Plague in India, 1896, 1897 - Volume 1
Year: 1896
Disease focus: Plague
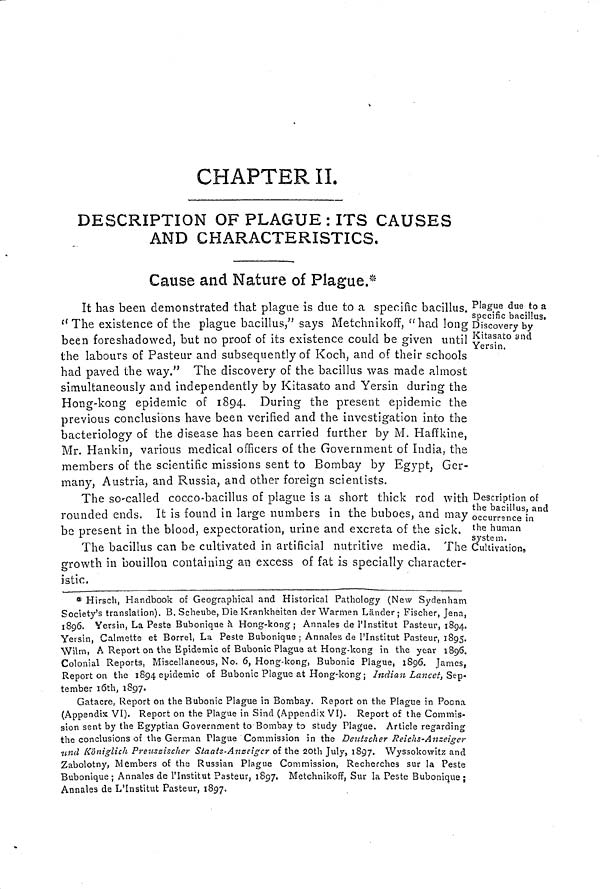
CHAPTER
II.
DESCRIPTION OF PLAGUE : ITS CAUSES
AND CHARACTERISTICS.
Cause and Nature of Plague.*
Plague due to a
specific bacillus.
Discovery by
Kitasato and
Yersin.
It has been demonstrated that plague is due to a specific bacillus.
t( The existence of the plague bacillus," says Metchnikoff, "had long
been foreshadowed, but no proof of its existence could be given until
the labours of Pasteur and subsequently of Koch, and of their schools
had paved the way." The discovery of the bacillus was made almost
simultaneously and independently by Kitasato and Yersin during the
Hong-kong epidemic of 1894. During the present epidemic the
previous conclusions have been verified and the investigation into the
bacteriology of the disease has been carried further by M. Haffkine,
Mr. Hankin, various medical officers of the Government of India, the
members of the scientific missions sent to Bombay by Egypt, Ger-
many, Austria, and Russia, and other foreign scientists.
Description of
the bacillus, and
occurrence in
the human
system.
Cultivations
The so-called cocco-bacillus of plague is a short thick rod with
rounded ends. It is found in large numbers in the buboes, and may
be present in the blood, expectoration, urine and excreta of the sick.
The bacillus can be cultivated in artificial nutritive media. The
growth in bouillon containing an excess of fat is specially character-
istic.
* Hirsch, Handbook of Geographical and Historical Pathology (New Sydenham
Society's translation). B. Scheube, Die Krankheiten der Warmen Länder ; Fischer, Jena,
1896. Yersin, La Peste Bubonique à Hong-kong; Annales de l'Institut Pasteur, 1894,
Yersin, Calmette et Borrel, La Peste Bubonique; Annales de l'Institut Pasteur, 1895.
Wilm A Report on the Epidémie of Bubonic Plague at Hong-kong in the year 1896.
Colonial Reports, Miscellaneous, No. 6, Hong-kong, Bubonic Plague, 1896. James,
Reporten the 1894 epidemic of Bubonic Plague at Hong-kong; Indian Lancet, Sep.
tember 16th, 1897.
Gatacre, Report on the Bubonic Plague in Bombay. Report on the Plague in Poona
(Appendix VI). Report on the Plague in Sind (Appendix VI). Report of the Commis-
sion sent by the Egyptian Government to Bombay to study Plague. Article regarding
the conclusions of the German Plague Commission in the Deutscher Reichs-Anzeiger
und Königlich Preuszischer Staats-Anzeiger of the 20th July, 1897. Wyssokowitz and
Zabolotny, Members of the Russian Plague Commission, Recherches sur la Peste
Bubonique; Annales de l'Institut Pasteur, 1897. Metchnikoff, Sur la Peste Bubonique;
Annales de L'Institut Pasteur, 1897.